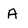
Character: A